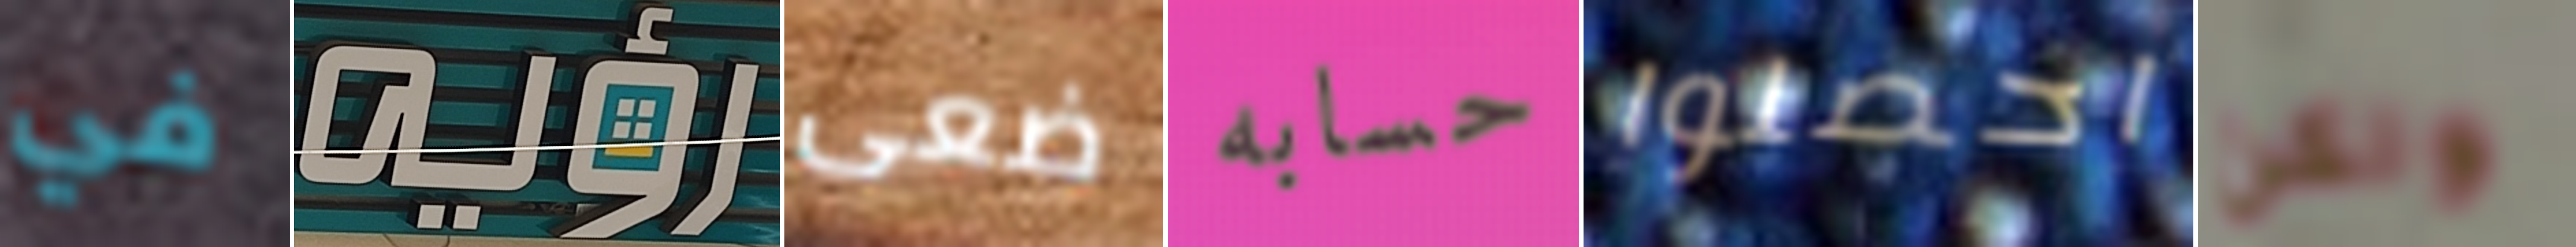
في رؤيه ضعى حسابه احصلوا ولكن